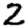
Digit: 2